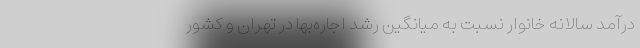
درآمد سالانه خانوار نسبت به میانگین رشد اجاره‌بها در تهران و کشور